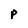
Character: P